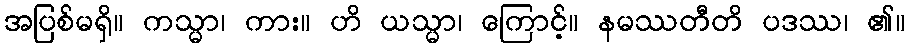
အပြစ်မရှိ။ ကသ္မာ၊ ကား။ ဟိ ယသ္မာ၊ ကြောင့်။ နမဿတီတိ ပဒဿ၊ ၏။